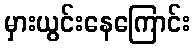
မှားယွင်းနေကြောင်း